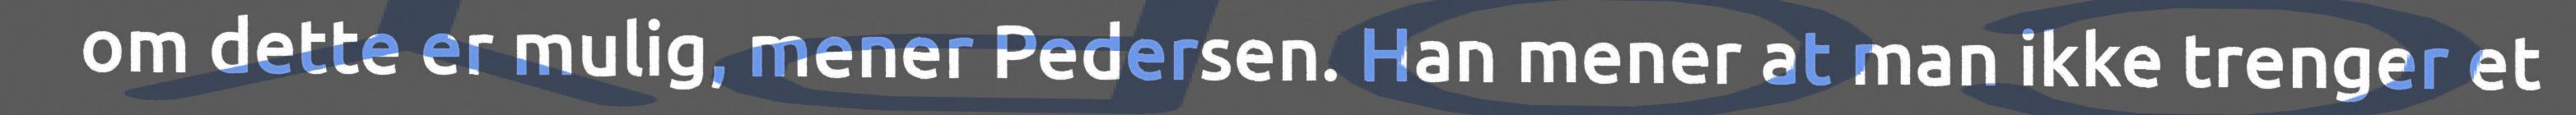
om dette er mulig, mener Pedersen. Han mener at man ikke trenger et